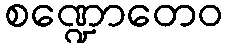
စဏ္ဍောတေဝ